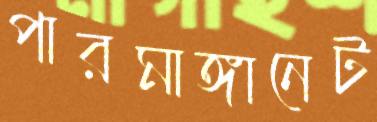
পারমাঙ্গানেট